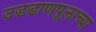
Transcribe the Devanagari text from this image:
उडडाणपूलाच्या